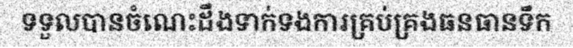
ទទួលបានចំណេះដឹងទាក់ទងការគ្រប់គ្រងធនធានទឹក